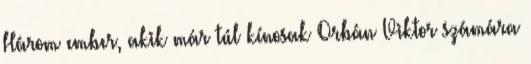
Három ember, akik már túl kínosak Orbán Viktor számára